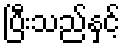
ပြီးသည်နှင့်